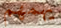
يهمهم